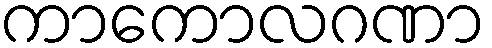
ကာကောလဂဏာ